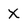
Character: X